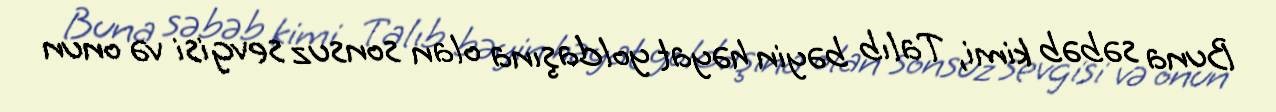
Buna səbəb kimi, Talıb bəyin həyat yoldaşına olan sonsuz sevgisi və onun